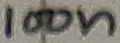
Text: 100n